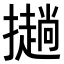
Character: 𢸋